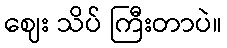
ဈေး သိပ် ကြီးတာပဲ။